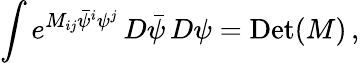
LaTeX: \int e^{M_{ij}{\bar{\psi}}^{i}\psi^{j}}\, D{\bar{\psi}}\, D\psi=\mathrm{Det}(M)\, ,